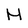
Character: H